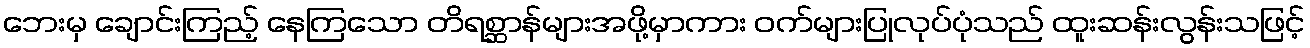
ဘေးမှ ချောင်းကြည့် နေကြသော တိရစ္ဆာန်များအဖို့မှာကား ဝက်များပြုလုပ်ပုံသည် ထူးဆန်းလွန်းသဖြင့်